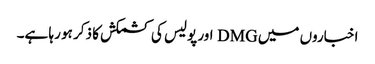
اخباروں میں DMG اور پولیس کی کشمکش کا ذکر ہو رہا ہے۔